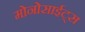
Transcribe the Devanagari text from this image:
मोनोसाईट्स